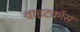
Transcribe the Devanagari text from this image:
वाइटक्रॉस